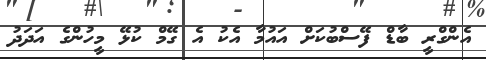
އެންގްރީ ބާޑް ފޭސްބުކަށް އައުމާ އެކު އެ ގޭމް ކުޅޭ މީހުންގެ އަދަދު